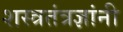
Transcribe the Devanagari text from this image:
शस्त्रतंत्रज्ञांनी